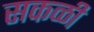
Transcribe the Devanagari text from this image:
सकळी